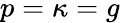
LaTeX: p=\kappa=g